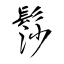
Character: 髿